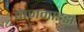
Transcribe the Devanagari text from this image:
फेज़माइडा